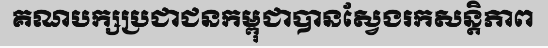
គណបក្សប្រជាជនកម្ពុជាបានស្វែងរកសន្តិភាព